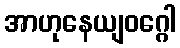
အာဟုနေယျဝဂ္ဂေါ